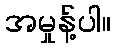
အမှုန့်ပါ။